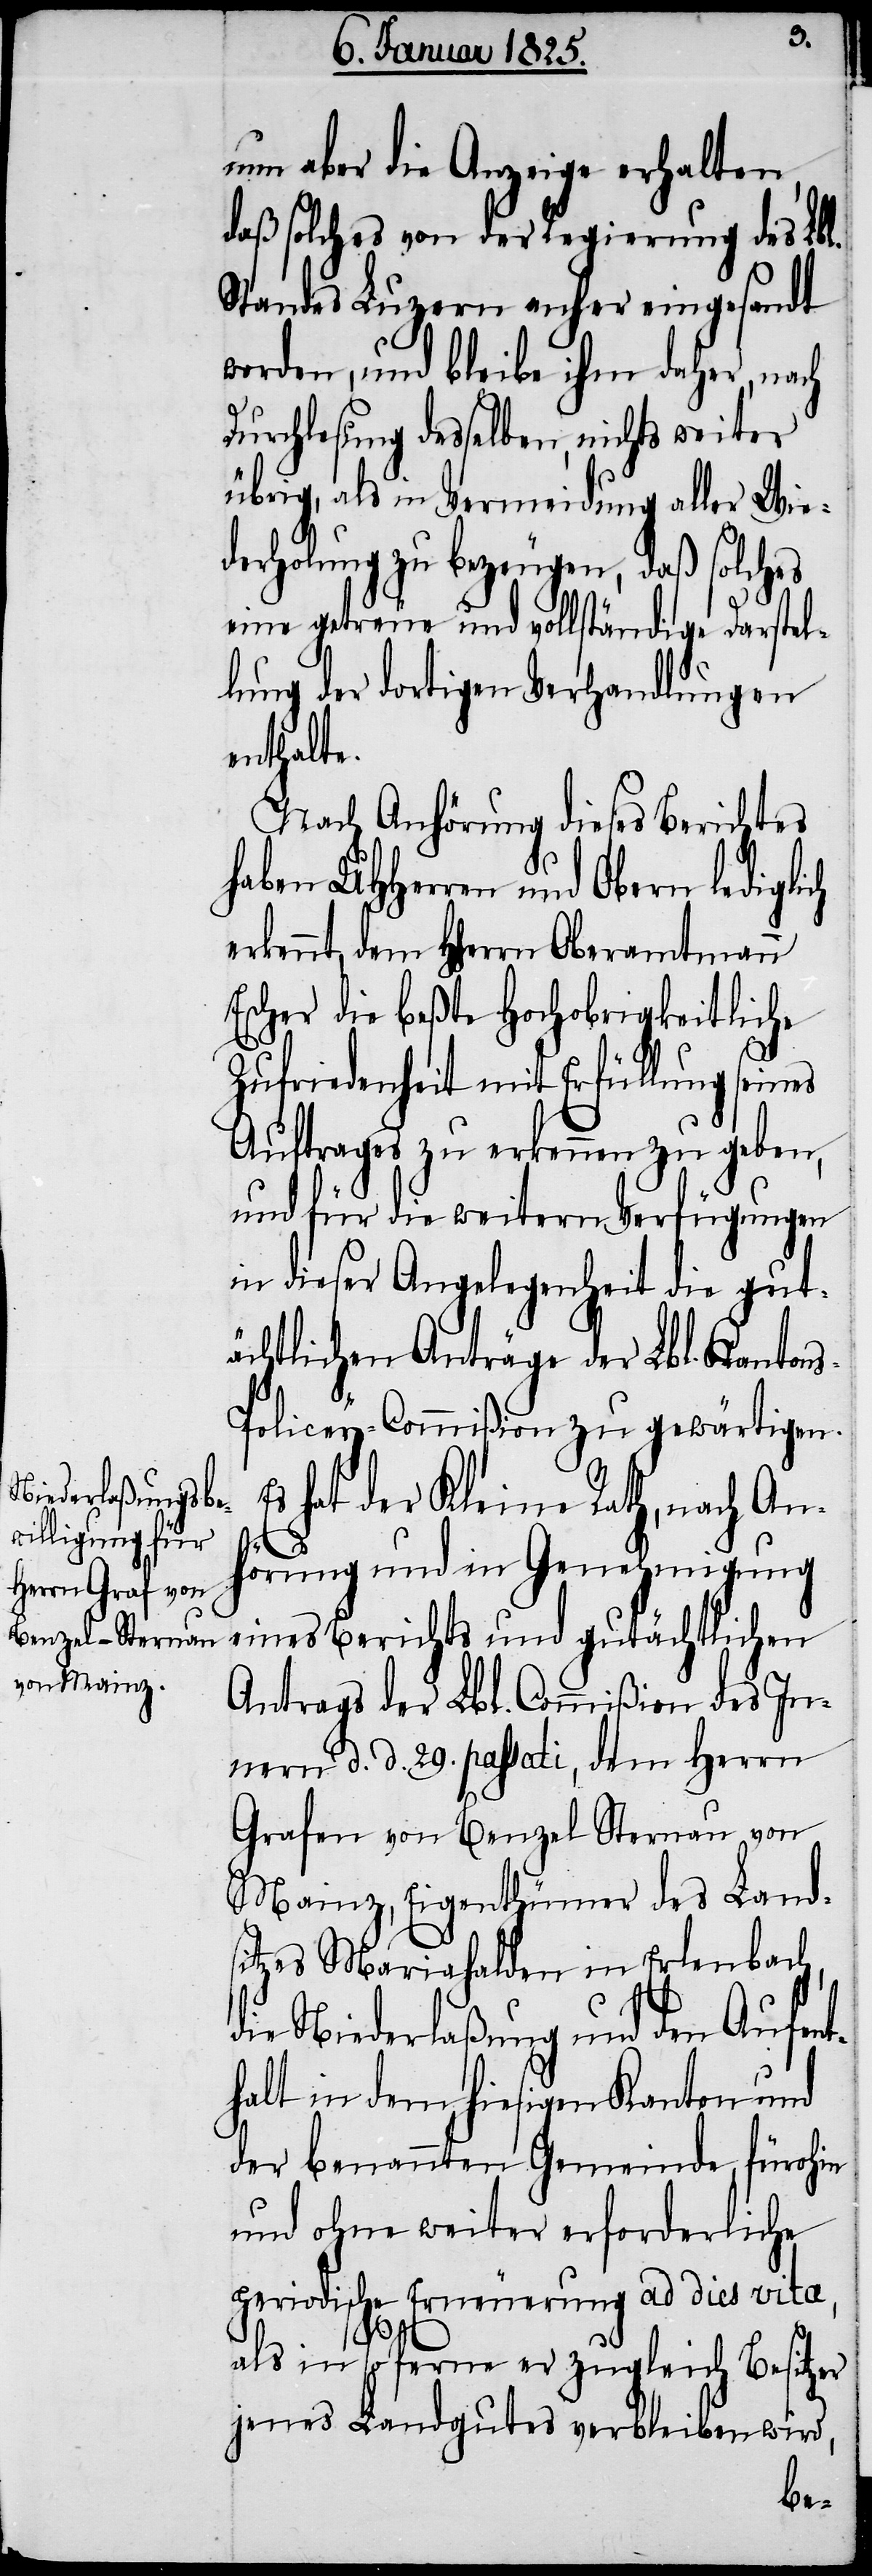
nun aber die Anzeige erhalten,
daß solches von der Regierung des Lbl.
Standes Luzern anher eingesandt
worden, und bleibe ihm daher, nach
Durchlesung desselben, nichts weiter
übrig, als in Vermeidung aller Wie¬
derholung zu bezeugen, daß solches
eine getreue und vollständige Darstel¬
lung der dortigen Verhandlungen
enthalte.
Nach Anhörung dieses Berichtes
haben UHHerren und Obern lediglich
erkennt, dem Hherrn Oberamtmann
Escher die beßte Hochobrigkeitliche
Zufriedenheit mit Erfüllung seines
Auftrages zu erkennen zu geben,
und für die weitern Verfügungen
in dieser Angelegenheit die gut¬
ächtlichen Anträge der Lbl. Kanton¬
olicey-Commißion zu gewärtigen.
s hat der Kleine Rath, nach An¬
E¬
hörung und in Genehmigung
eines Berichts und gutächtlichen
Antrags der Lbl. Commißion des In¬
nern d. d. 29. passati, dem Herrn
Grafen von Benzel Sternau von
Mainz, Eigenthümer des Lands¬
itzes Mariahalden in Erlenbach,
die Niederlaßung und den Aufent¬
halt in dem hiesigen Kanton und
der benannten Gemeinde, fürohin
und ohne weiter erforderliche
periodische Erneuerung ad dies vita,
als in so ferne er zugleich Besitzer
jenes Landgutes verbleiben wird,